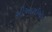
સીઆરઈએપ